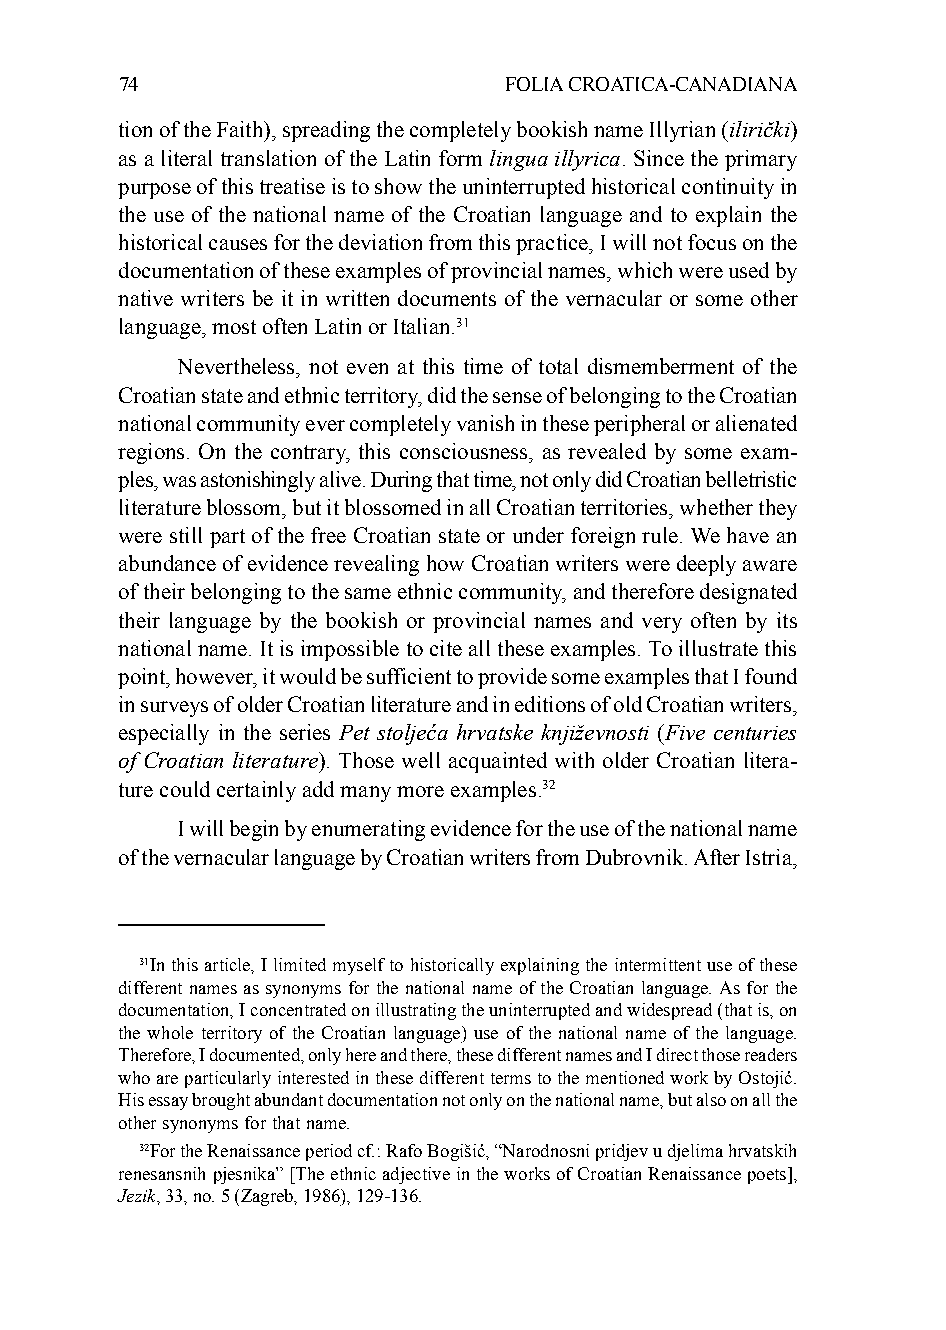
74                       FOLIA CROATICA-CANADIANA
 tion of the Faith), spreading the completely bookish name Illyrian (ilirički)
 as a literal translation of the Latin form lingua illyrica. Since the primary
 purpose of this treatise is to show the uninterrupted historical continuity in
 the use of the national name of the Croatian language and to explain the
 historical causes for the deviation from this practice, I will not focus on the
 documentation of these examples of provincial names, which were used by
 native writers be it in written documents of the vernacular or some other
 language, most often Latin or Italian.31
 Nevertheless, not even at this time of total dismemberment of the
 Croatian state and ethnic territory, did the sense of belonging to the Croatian
 national community ever completely vanish in these peripheral or alienated
 regions. On the contrary, this consciousness, as revealed by some exam-
 ples, was astonishingly alive. During that time, not only did Croatian belletristic
 literature blossom, but it blossomed in all Croatian territories, whether they
 were still part of the free Croatian state or under foreign rule. We have an
 abundance of evidence revealing how Croatian writers were deeply aware
 of their belonging to the same ethnic community, and therefore designated
 their language by the bookish or provincial names and very often by its
 national name. It is impossible to cite all these examples. To illustrate this
 point, however, it would be sufficient to provide some examples that I found
 in surveys of older Croatian literature and in editions of old Croatian writers,
 especially in the series Pet stoljeća hrvatske književnosti (Five centuries
 of Croatian literature). Those well acquainted with older Croatian litera-
 ture could certainly add many more examples.32
 I will begin by enumerating evidence for the use of the national name
 of the vernacular language by Croatian writers from Dubrovnik. After Istria,
 31In this article, I limited myself to historically explaining the intermittent use of these
 different names as synonyms for the national name of the Croatian language. As for the
 documentation, I concentrated on illustrating the uninterrupted and widespread (that is, on
 the whole territory of the Croatian language) use of the national name of the language.
 Therefore, I documented, only here and there, these different names and I direct those readers
 who are particularly interested in these different terms to the mentioned work by Ostojić.
 His essay brought abundant documentation not only on the national name, but also on all the
 other synonyms for that name.
 32For the Renaissance period cf.: Rafo Bogišić, “Narodnosni pridjev u djelima hrvatskih
 renesansnih pjesnika” [The ethnic adjective in the works of Croatian Renaissance poets],
 Jezik, 33, no. 5 (Zagreb, 1986), 129-136.